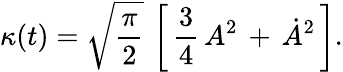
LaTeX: \kappa(t)=\sqrt{{\frac{\pi}{2}}}\, \left[\, {\frac{3}{4}}\, A^{2}\, +\, \dot{A}^{2}\, \right].